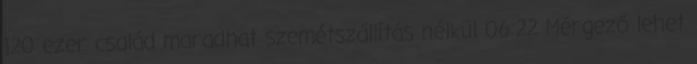
120 ezer család maradhat szemétszállítás nélkül 06:22 Mérgező lehet